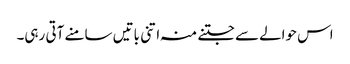
اس حوالےسے جتنے منہ اتنی باتیں سامنے آتی رہی۔